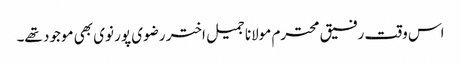
اس وقت رفیق محترم مولانا جمیل اختر رضوی پور نوی بھی موجود تھے۔